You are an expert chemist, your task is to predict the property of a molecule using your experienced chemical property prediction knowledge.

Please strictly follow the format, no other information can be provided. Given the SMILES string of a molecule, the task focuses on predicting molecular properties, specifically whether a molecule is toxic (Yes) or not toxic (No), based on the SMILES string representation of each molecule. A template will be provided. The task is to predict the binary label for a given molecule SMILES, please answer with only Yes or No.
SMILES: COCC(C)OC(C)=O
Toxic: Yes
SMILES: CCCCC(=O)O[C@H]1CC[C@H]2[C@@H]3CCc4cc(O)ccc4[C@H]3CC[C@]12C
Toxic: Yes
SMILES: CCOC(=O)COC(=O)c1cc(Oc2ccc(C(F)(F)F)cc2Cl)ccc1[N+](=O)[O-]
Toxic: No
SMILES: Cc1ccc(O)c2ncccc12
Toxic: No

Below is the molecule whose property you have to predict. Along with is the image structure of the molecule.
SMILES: FC(F)(F)C(F)(F)C(F)(F)C(F)(F)C(F)(F)C(F)(F)CCI
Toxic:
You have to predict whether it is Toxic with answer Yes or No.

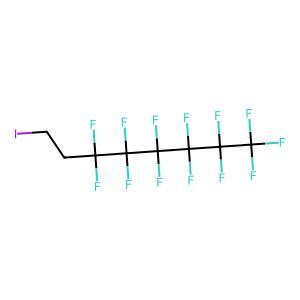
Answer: No